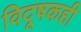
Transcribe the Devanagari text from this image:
विदूषकही